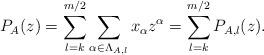
LaTeX: \begin{align*}P_A( z)=\sum_{l=k}^{m/2}\sum_{\alpha \in \Lambda_{A,l}} x_\alpha z^\alpha=\sum_{l=k}^{m/2}P_{A,l}(z).\end{align*}